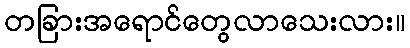
တခြားအရောင်တွေလာသေးလား။